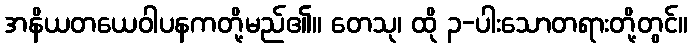
အနိယတယေဝါပနကတို့မည်၏။ တေသု၊ ထို ၃-ပါးသောတရားတို့တွင်။